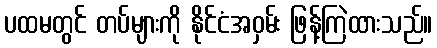
ပထမတွင် တပ်များကို နိုင်ငံအဝှမ်း ဖြန့်ကြဲထားသည်။